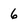
Character: 6